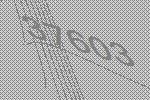
37603